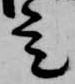
是